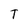
Character: T